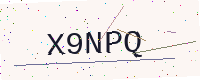
Text: X9NPQ